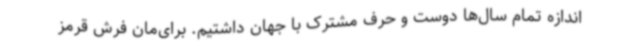
اندازه تمام سال‌ها دوست و حرف مشترک با جهان داشتیم. برای‌مان فرش قرمز